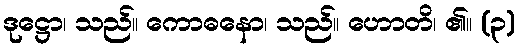
ဒုဋ္ဌော၊ သည်။ ကောဓနော၊ သည်။ ဟောတိ၊ ၏။ (၃)